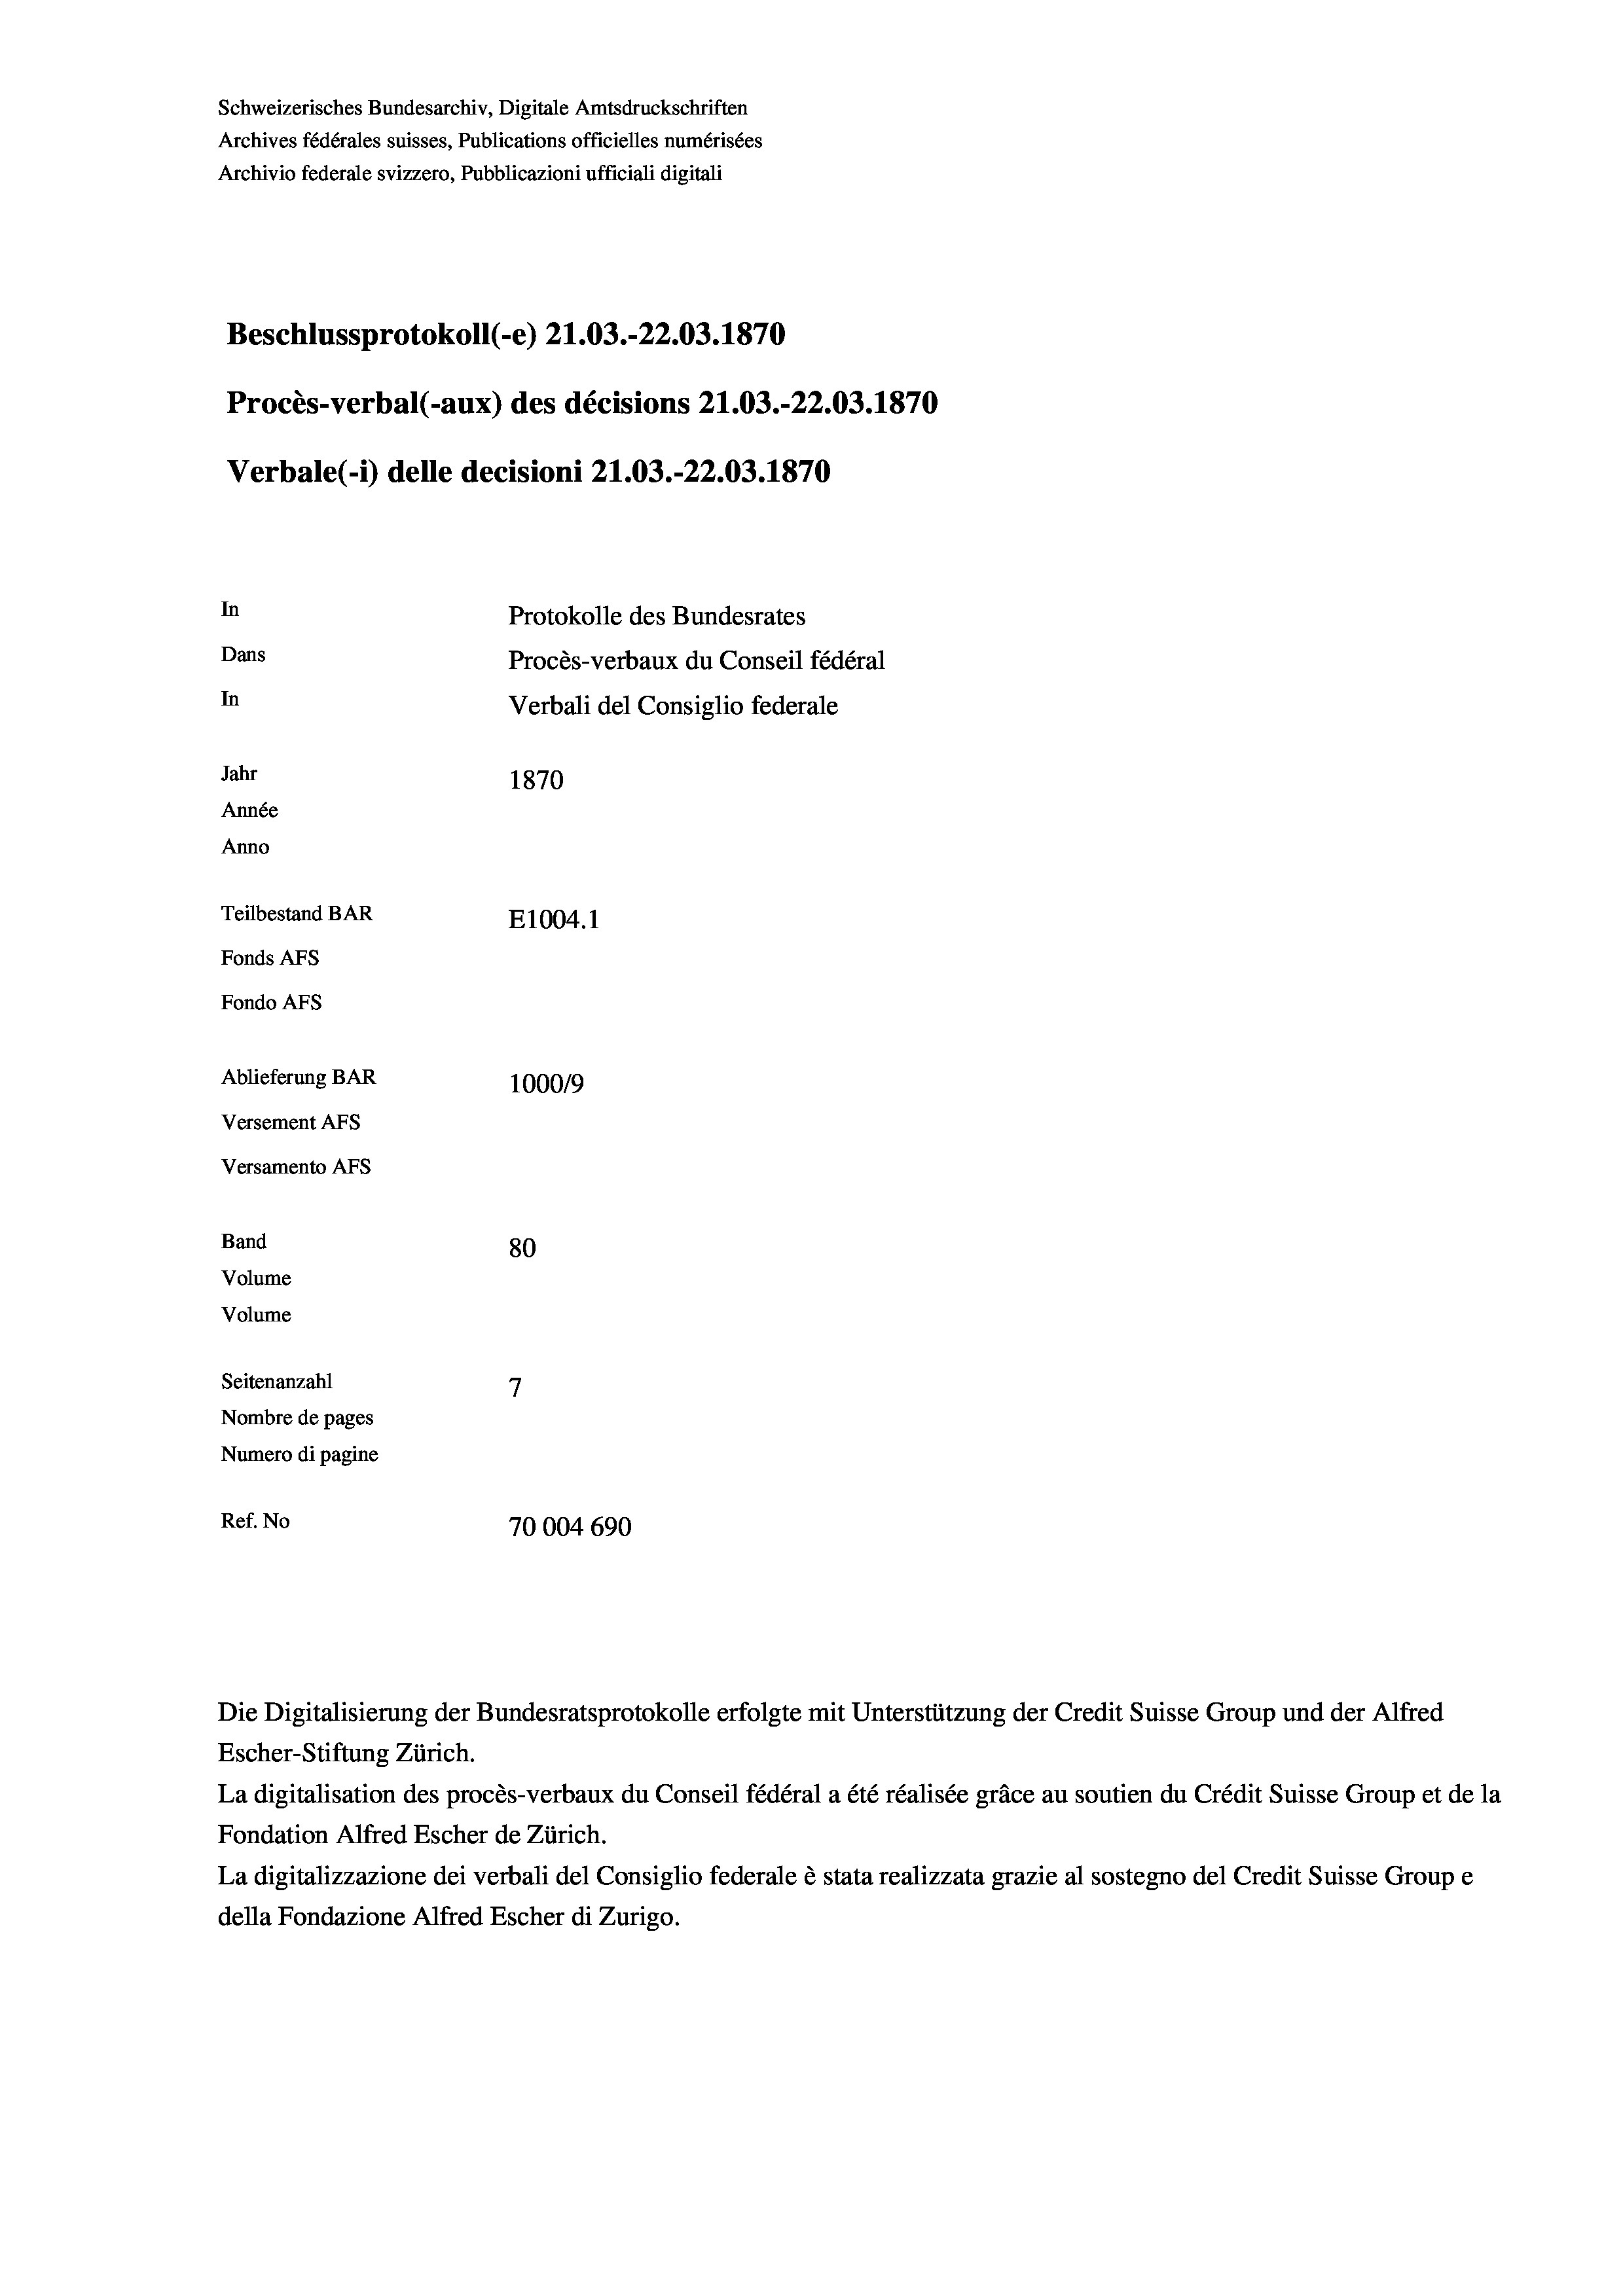
Schweizerisches Bundesarchiv, Digitale Amtsdruckschriften
Archives fédérales suisses, Publications officielles numérisées
Archivio federale svizzero, Pubblicazioni ufficiali digitali
Beschlussprotokoll (-e) 21.03.-22.03. 1870
Procès-verbal (-aux) des décisions 21.03.-22.03. 1870
Verbale(-) delle decisioni 21.03.-22.03. 1870
In
Protokolle des Bundesrates
Dans
Procès-verbaux du Conseil fédéral
In
Verbali del Consiglio federale
Jahr
1870
Année
Anno
Teilbestand BAR
E1004. 1
Fonds AFs
Fondo AFS
Ablieferung BAR
100019
Versement AFs
Versamento Afs

80
7
Seitenanzahl
Nombre de pages
Numero di pagine
Ref. No
70004690

Band
Volume
Volume

La digitalisation des procès-verbaux du Conseil fédéral a été réalisée gräce au soutien du Crédit Suisse Group et de la
Fondation Alfred Escher de Zürich.
La digitalizzazione dei verbali del Consiglio federale è stata realizzata grazie al sostegno del Credit Suisse Groupe
della Fondazione Alfred Escher di Zurigo.

Die Digitalisierung der Bundesratsprotokolle erfolgte mit Unterstützung der Credit Suisse Group und der Alfred
Escher-Stiftung Zürich.